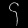
Digit: ၄